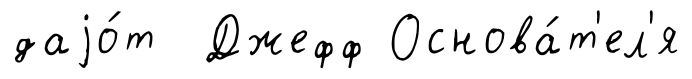
даjо́т Джефф Основа́т'ел'я